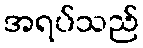
အရပ်သည်